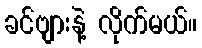
ခင်ဗျားနဲ့ လိုက်မယ်။